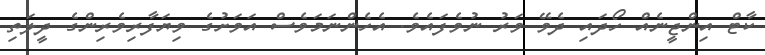
ކާޓް އިންޖީނެއް ހޯދައި ދެވޭ ވަރު ނުވެފައެވެ. އެހެންނަމަވެސް އަވަށުގެ ވިޔަފާރިވެރިންގެ ދީލަތި